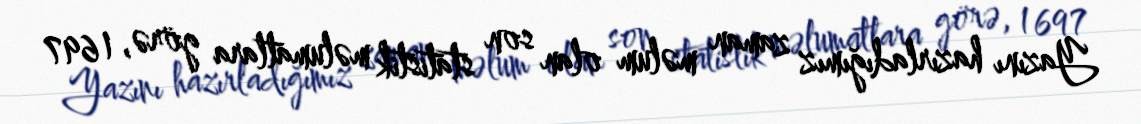
Yazını hazırladığımız zaman məlum olan son statistik məlumatlara görə, 1 697